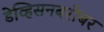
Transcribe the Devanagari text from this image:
डेव्हिसनबरोबर